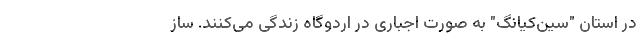
در استان "سین‌کیانگ" به صورت اجباری در اردوگاه زندگی می‌کنند. ساز